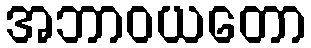
အဘာဝယတော